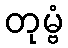
တုမ္ဗံ